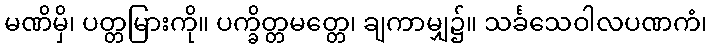
မဏိမှိ၊ ပတ္တမြားကို။ ပက္ခိတ္တမတ္တေ၊ ချကာမျှ၌။ သင်္ခသေဝါလပဏကံ၊